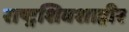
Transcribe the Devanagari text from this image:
राष्ट्रशिवशाहीर